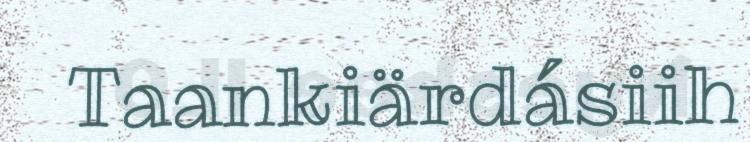
Taankiärdásiih